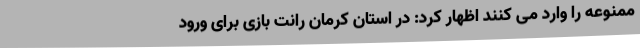
ممنوعه را وارد می کنند اظهار کرد: در استان کرمان رانت بازی برای ورود